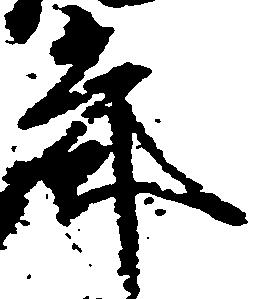
年